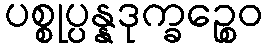
ပစ္စုပ္ပန္နဒုက္ခဉ္စေဝ